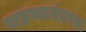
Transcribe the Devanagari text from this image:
पाडव्यानंतरचा